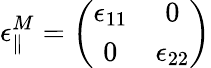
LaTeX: \epsilon_{\parallel}^{M}=\left(\begin{array}{cc}{\epsilon_{11}}&{0}\\ {0}&{\epsilon_{22}}\end{array}\right)